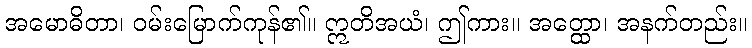
အမောဓိတာ၊ ဝမ်းမြောက်ကုန်၏။ ဣတိအယံ၊ ဤကား။ အတ္ထော၊ အနက်တည်း။